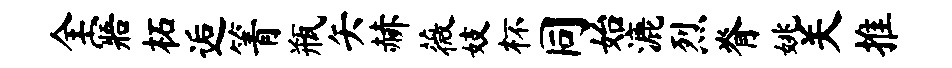
全寤柘逅箐瓶矢赫薇妓杯同始漉烈脊姚关推